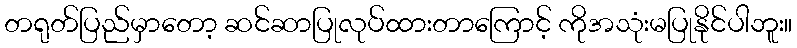
တရုတ်ပြည်မှာတော့ ဆင်ဆာပြုလုပ်ထားတာကြောင့် ကိုအသုံးမပြုနိုင်ပါဘူး။